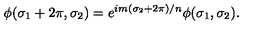
\phi ( \sigma _ { 1 } + 2 \pi , \sigma _ { 2 } ) = e ^ { i m ( \sigma _ { 2 } + 2 \pi ) / n } \phi ( \sigma _ { 1 } , \sigma _ { 2 } ) .